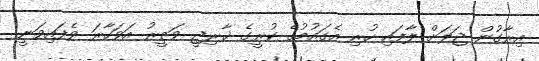
އިރާގުން ޖަލަށް ލާފައި ހުރި އެގައުމުގެ ކުރީގެ ޚާރިޖީ ވަޒީރު އަވަހާރަ ވެފައިވަނީ